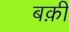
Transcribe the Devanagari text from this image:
बक़ी